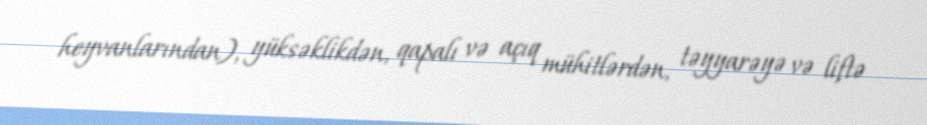
heyvanlarından), yüksəklikdən, qapalı və açıq mühitlərdən, təyyarəyə və liftə